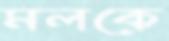
মলকে